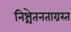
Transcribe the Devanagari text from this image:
निश्चेतनताग्रस्त